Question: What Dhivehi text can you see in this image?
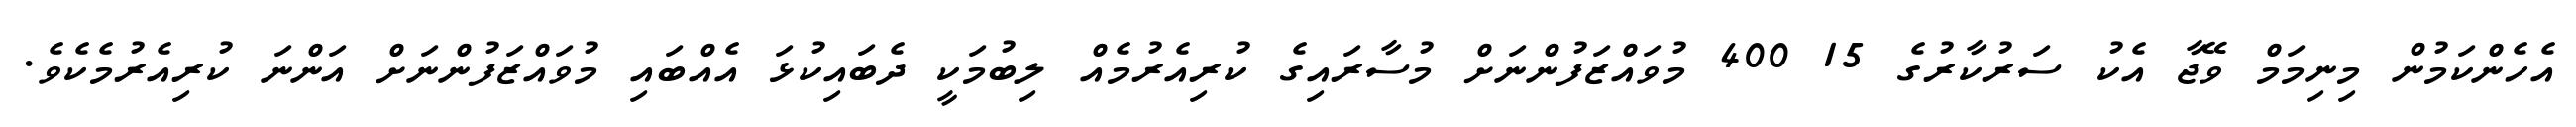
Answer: އެހެންކަމުން މިނިމަމް ވޭޖާ އެކު ސަރުކާރުގެ 15 400 މުވައްޒަފުންނަށް މުސާރައިގެ ކުރިއެރުމެއް ލިބުމަކީ ދެބައިކުޅަ އެއްބައި މުވައްޒަފުންނަށް އަންނަ ކުރިއެރުމެކެވެ.